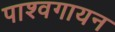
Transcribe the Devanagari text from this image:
पाश्वगायन